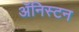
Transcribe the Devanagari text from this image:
ॲनिस्टन